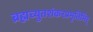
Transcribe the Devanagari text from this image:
ब्रह्मच्युतशंकरप्रभृतिभिर्‌